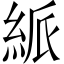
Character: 𥿯